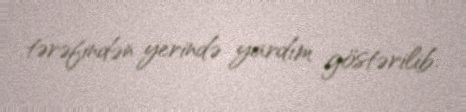
tərəfindən yerində yardım göstərilib.